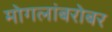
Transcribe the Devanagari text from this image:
मोगलांबरोबर